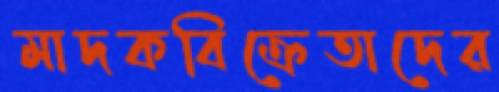
মাদকবিক্রেতাদের